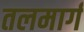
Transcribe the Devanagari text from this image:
तलमार्ग